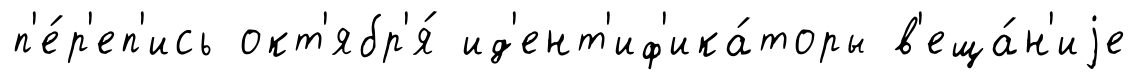
п'е́р'еп'ись окт'ябр'я́ ид'ент'иф'ика́торы в'еща́н'иjе